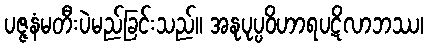
ပဇ္ဇနံမတီးပဲမည်ခြင်းသည်။ အနုပုပ္ပဝိဟာရပဋိလာဘဿ၊